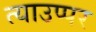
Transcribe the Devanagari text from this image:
त्याउप्पर